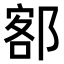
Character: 𫟭